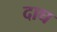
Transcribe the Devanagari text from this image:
दाघ